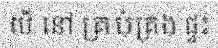
បើ នៅ គ្រប់គ្រង ផ្ទះ